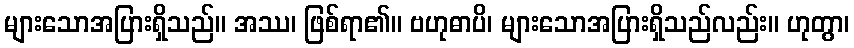
များသောအပြားရှိသည်။ အဿ၊ ဖြစ်ရာ၏။ ဗဟုဓာပိ၊ များသောအပြားရှိသည်လည်း။ ဟုတွာ၊